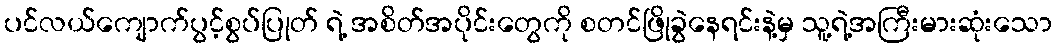
ပင်လယ်ကျောက်ပွင့်စွပ်ပြုတ် ရဲ့ အစိတ်အပိုင်းတွေကို စတင်ဖြိုခွဲနေရင်းနဲ့မှ သူ့ရဲ့အကြီးမားဆုံးသော